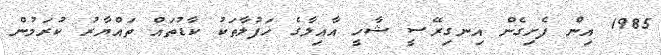
1985 އިން ފެށިގެން އިނގިރޭސީ ޝާހީ އާއިލާގެ ހަފުލާތަކު ކާޑުތައް ތައްޔާރު ކުރަމުން